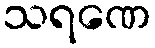
သရဏေ